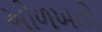
ઓળખતો